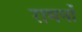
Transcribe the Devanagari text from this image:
रामनों